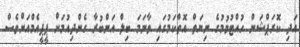
އަދި ކޮރަޕްޝަން ހުއްޓުވުމުގެ ނިޔަތް އޮތްކަމުގައި ވާނަމަ ބިލް އަންބުރާ ގެންދިއުމަށް ޕީޕީއެމްއަށްވެސް